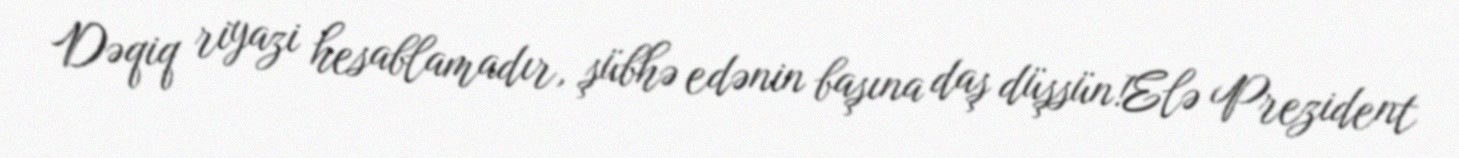
Dəqiq riyazi hesablamadır, şübhə edənin başına daş düşsün!Elə Prezident